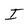
Character: J